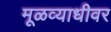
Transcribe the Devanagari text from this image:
मूळव्याधीवर